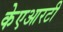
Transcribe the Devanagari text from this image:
केएआरटी